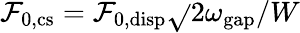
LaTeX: \mathcal{F}_{\mathrm{{0,cs}}}=\mathcal{F}_{\mathrm{{0,disp}}}\sqrt{}{{2\omega_{\mathrm{{gap}}}/W}}